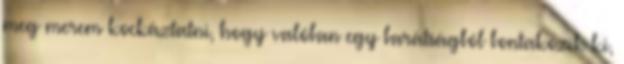
meg merem kockáztatni, hogy valóban egy barátságból bontakozik ki,